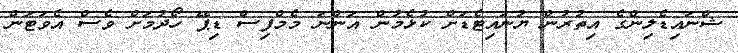
ޝްނައިޑެލިންގެ އިތުރުން ޔުނައިޓެޑަށް ކުޅެމުން އަންނަ މެމްފިސް ޑިޕޭ ހޯދުމަށް ވެސް އެވަޓަން